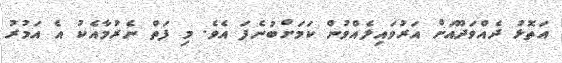
އަތޮޅު ދެއްވަދޫއަށް އަރުވައިލެއްވުން ކަމަށްބުނެފަ އެވެ. މި ފަތް ނެރުމާއެކު އެ އަމުރު